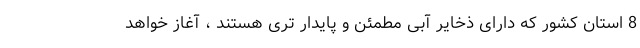
8 استان کشور که دارای ذخایر آبی مطمئن و پایدار تری هستند ، آغاز خواهد